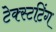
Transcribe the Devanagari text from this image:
टेक्स्टटिंग